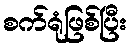
စက်ရုံဖြစ်ပြီး